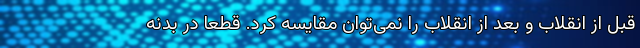
قبل از انقلاب و بعد از انقلاب را نمی‌توان مقایسه کرد. قطعاً در بدنه